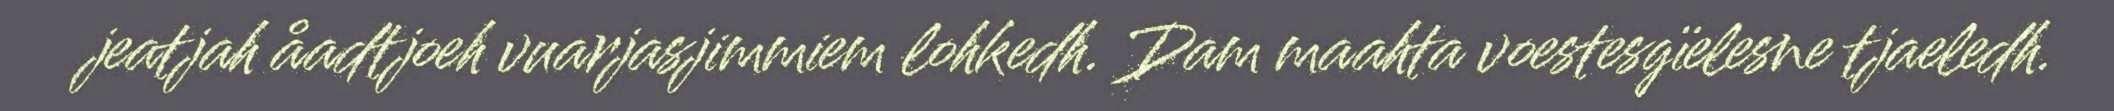
jeatjah åadtjoeh vuarjasjimmiem lohkedh. Dam maahta voestesgïelesne tjaeledh.